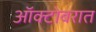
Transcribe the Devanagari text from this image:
ऑक्टोबरात